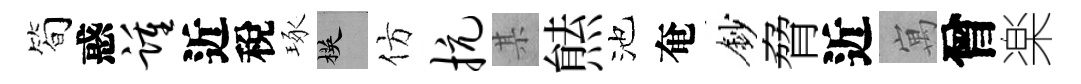
简惑踵近稅琢楧仿抗某㷱池奄鈔脅近寓曾楽